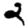
Digit: 2